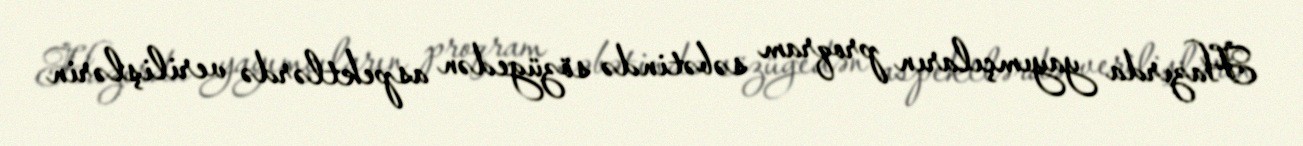
Hazırda yayımçıların proqram səbətində sözügedən aspektlərdə verilişlərin